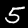
Label: 5